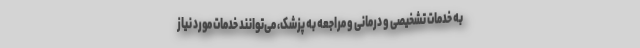
به خدمات تشخیصی و درمانی و مراجعه به پزشک، می‌توانند خدمات مورد نیاز